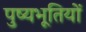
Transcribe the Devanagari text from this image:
पुष्यभूतियों